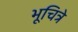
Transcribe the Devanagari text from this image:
भूचित्रे